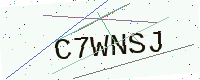
Text: C7WNSJ